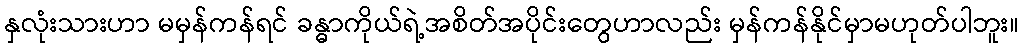
နှလုံးသားဟာ မမှန်ကန်ရင် ခန္ဓာကိုယ်ရဲ့အစိတ်အပိုင်းတွေဟာလည်း မှန်ကန်နိုင်မှာမဟုတ်ပါဘူး။